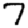
Digit: 7